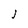
Character: J